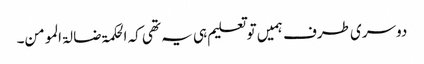
دوسری طرف ہمیں تو تعلیم ہی یہ تھی کہ الحکمۃ ضا لۃ المومن۔